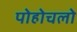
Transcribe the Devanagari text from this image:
पोहोचलो